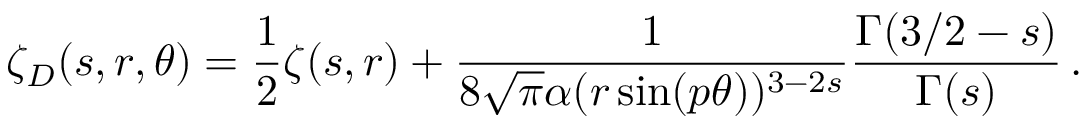
\zeta _ { D } ( s , r , \theta ) = \frac { 1 } { 2 } \zeta ( s , r ) + \frac { 1 } { 8 \sqrt \pi \alpha ( r \sin ( p \theta ) ) ^ { 3 - 2 s } } \frac { \Gamma ( 3 / 2 - s ) } { \Gamma ( s ) } \, { . }